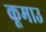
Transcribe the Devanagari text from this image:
कूमाउ